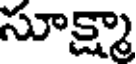
సూక్ష్మా